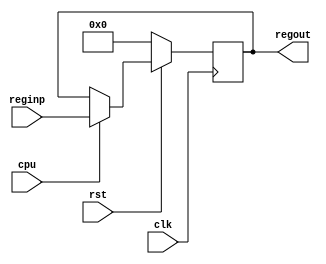
////////////////////////////////////////////////////////////////////////////////////////////////////
//
// Interessengruppe fuer Mikroelektronik und Eingebettete Systeme (IMES)
// Fachhochschule Dortmund
//
// Tool         : Mentor Graphics HDL Designer(TM) 2015.1b (Build 4)
// Description  : Acceptance Mask Register
// Commentary   : Adressen: 10000 und 10001 
//
// Changelog:
// -------------------------------------------------------------------------------------------------
// Version | Author             | Date       | Changes
// -------------------------------------------------------------------------------------------------
// 0.9     | Leduc              | 22.05.2019 | created
// -------------------------------------------------------------------------------------------------
//
////////////////////////////////////////////////////////////////////////////////////////////////////

//`resetall
//`timescale 1ns/10ps
//`default_nettype none

module accmaskreg2(
  input wire clk,
  input wire rst,
  input wire cpu,            // CPU wuenscht Zugriff
  input wire [15:0] reginp,  // Registerbus
  output reg [15:0] regout   // Acceptance Mask Register
);

always@(posedge clk)  // steigende Flanke        
begin
  if (rst == 1'b0) begin  // synchroner Reset
    regout <= 16'd0;
  end
  else if (cpu == 1'b1) begin  // cpu schreibt
    regout <= reginp;
  end
end

endmodule